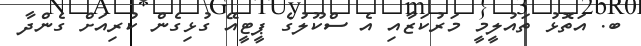
ބ. އަތޮޅު ތައުލީމީ މަރުކަޒާއި އެ ސްކޫލުގެ ޕީޓީއޭ ގުޅިގެން ކުރިއަށް ގެންދާ